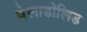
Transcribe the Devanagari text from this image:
वेलाडोलिड